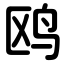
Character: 鸥